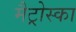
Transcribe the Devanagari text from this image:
मैट्रोस्का